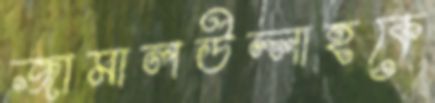
জামালউল্লাহকে